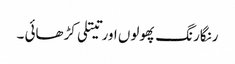
رنگارنگ پھولوں اور تیتلی کڑھائی ۔